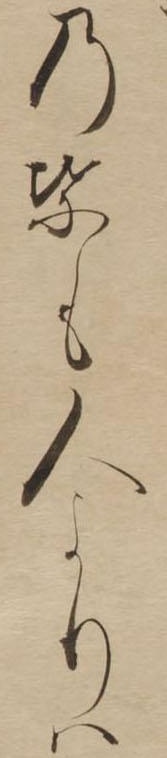
の葉も人よりは